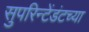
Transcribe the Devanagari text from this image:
सुपरिन्टेंडंटच्या